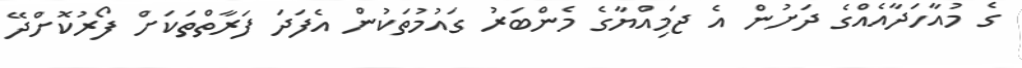
ގެ މުއާހަދާއެއްގެ ދަށުން އެ ޖަމިއްޔާގެ މެންބަރު ގައުމުތަކުން އެފަދަ ފަރާތްތަކަށް ފޯރުކޮށްދޭ